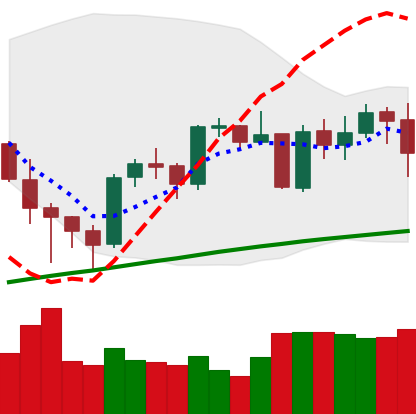
Ticker: BTC-USD
Chart end date: 2021-05-10
Forward return: -16.29%
Label: down_7plus